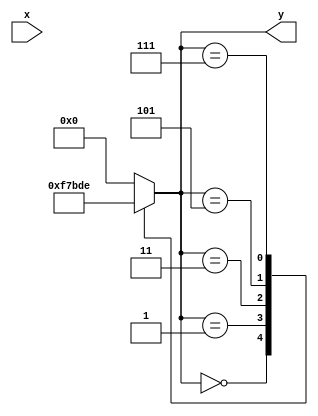
module ci75155(
	input [0:2] x,
	output reg [0:3] y
);

always @(y)  ///

begin 

case(y)

3'b000: y = 4'b1111;
3'b001: y = 4'b0111;
3'b011: y = 4'b1011;
3'b101: y = 4'b1101;
3'b111: y = 4'b1110;
3'b000: y = 4'b1111;
default: y = 4'b000;

endcase

end

endmodule